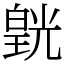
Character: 皝